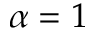
\alpha = 1